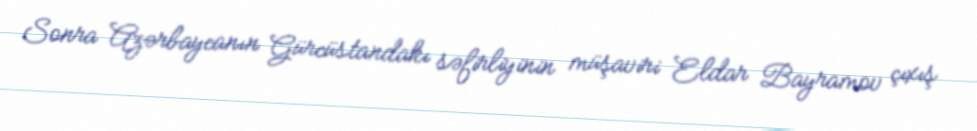
Sonra Azərbaycanın Gürcüstandakı səfirliyinin müşaviri Eldar Bayramov çıxış